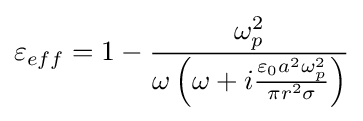
\varepsilon _{eff}=1-{\frac {\omega _{p}^{2}}{\omega \left(\omega +i{\frac {\varepsilon _{0}a^{2}\omega _{p}^{2}}{\pi r^{2}\sigma }}\right)}}